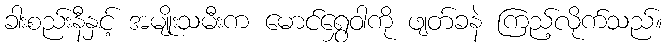
ခါးစည်းနီနှင့် အမျိုးသမီးက မောင်ရွှေဝါကို ဖျတ်ခနဲ ကြည့်လိုက်သည်။